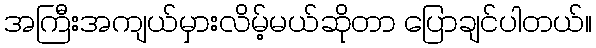
အကြီးအကျယ်မှားလိမ့်မယ်ဆိုတာ ပြောချင်ပါတယ်။